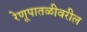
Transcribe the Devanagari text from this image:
रेणूपातळीवरील